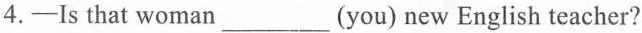
4.-Is that woman ___ (you) new English teacher?